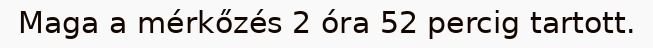
Maga a mérkőzés 2 óra 52 percig tartott.